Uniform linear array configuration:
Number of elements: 12
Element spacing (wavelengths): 0.25
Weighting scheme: cosine
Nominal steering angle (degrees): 30
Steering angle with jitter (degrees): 30.132
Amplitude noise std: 0.05
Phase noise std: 0.05

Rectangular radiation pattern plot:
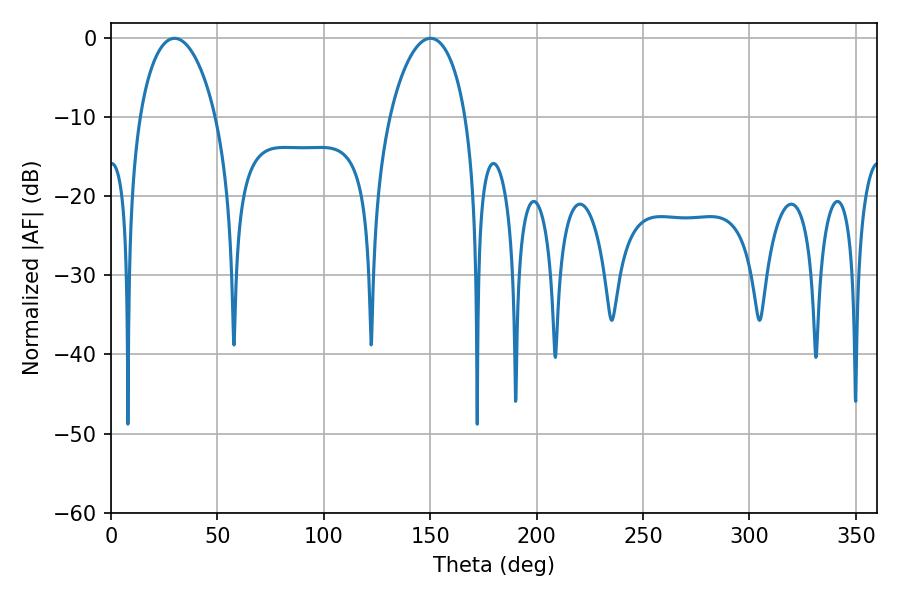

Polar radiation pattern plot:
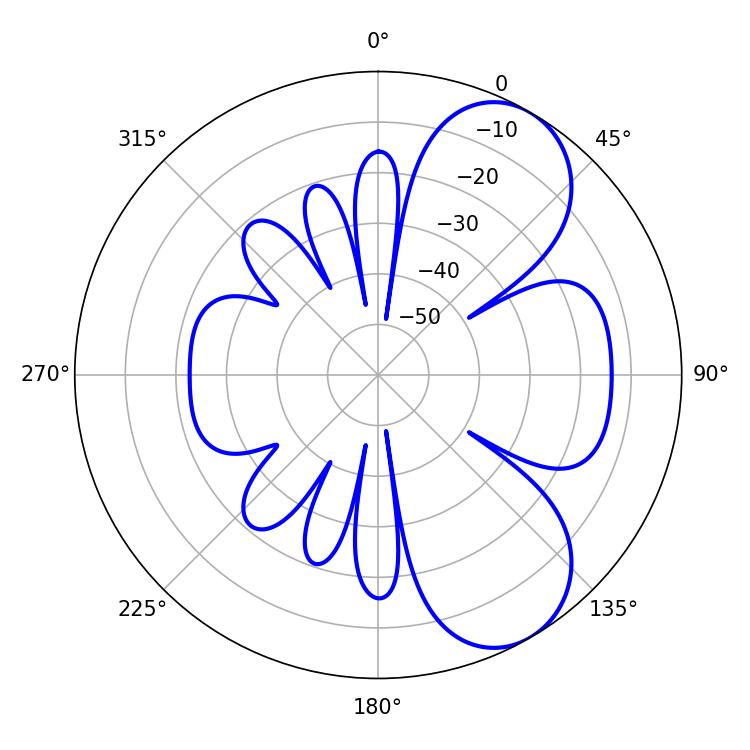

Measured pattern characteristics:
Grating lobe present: FALSE
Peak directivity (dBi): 6.988
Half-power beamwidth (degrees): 20.34
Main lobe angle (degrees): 29.88